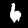
Label: 6